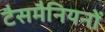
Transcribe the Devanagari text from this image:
टैसमैनियनों